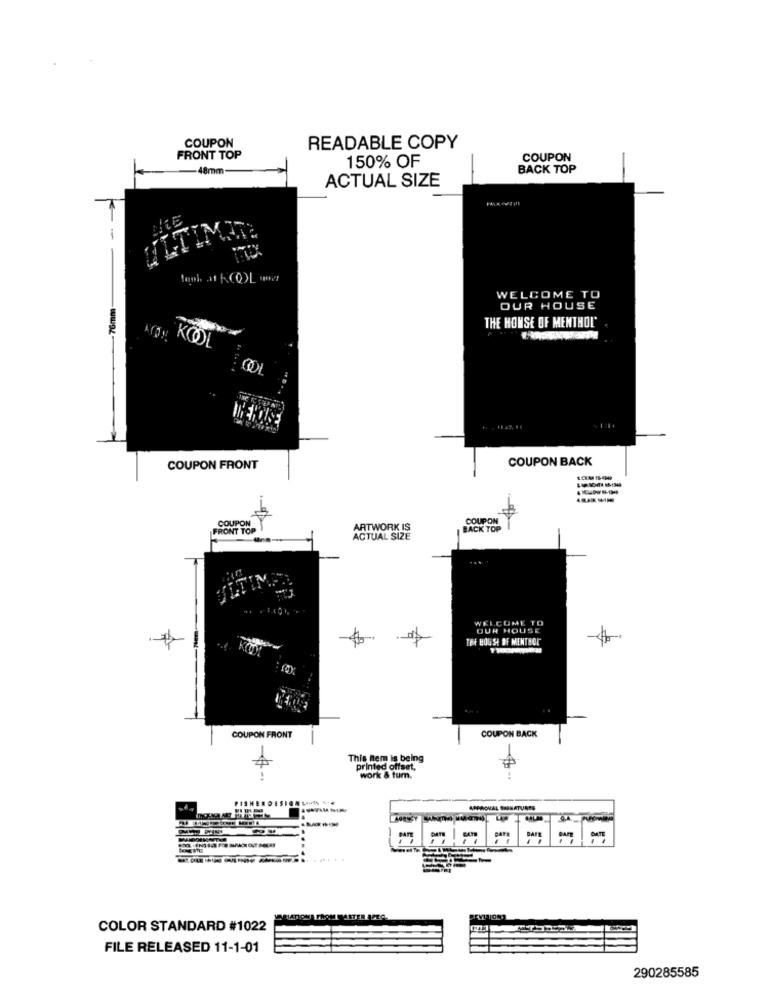
COUPON
READABLE COPY
FRONT TOP
150% OF
COUPON
-48mm-
BACK TOP
ACTUAL SIZE
-
76mm
WELCOME TO
OUR HOUSE
THE HOUSE OF MENTHOL'
COUPON BACK
COUPON FRONT
COUPON
COUPON
FRONT TOP
ARTWORK IS
BACK TOP
ACTUAL SIZE
WELCOME TO
OUR HOUSE
TEA HOUSE OF MENTHOL
COUPON BACK
COUPON FRONT
This nem is being
printed offset.
work & tum.
FISHE
IDESIO
HOMAL SHENATURES
BATE
BATE
VARIATIONA FROM MASTER AFECL
COLOR STANDARD #1022
FILE RELEASED 11-1-01
290285585